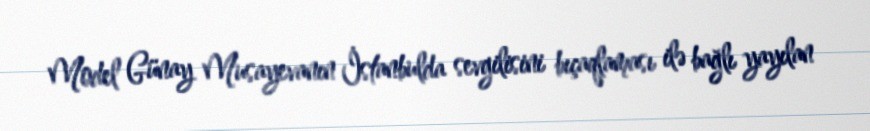
Model Günay Musayevanın İstanbulda sevgilisini bıçaqlaması ilə bağlı yayılan